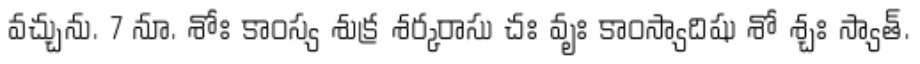
వచ్చును. 7 నూ. శోః కాంస్య శుక్ర శర్కరాసు చః వృః కాంస్యాదిషు శో శ్చః స్యాత్.